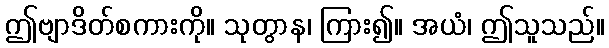
ဤဗျာဒိတ်စကားကို။ သုတွာန၊ ကြား၍။ အယံ၊ ဤသူသည်။